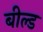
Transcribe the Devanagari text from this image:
बील्ड